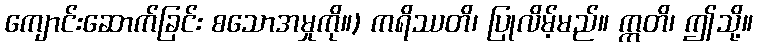
ကျောင်းဆောက်ခြင်း စသောအမှုကို။) ကရိဿတိ၊ ပြုလိမ့်မည်။ ဣတိ၊ ဤသို့။